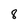
Character: 8